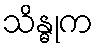
သိန္ဓုက